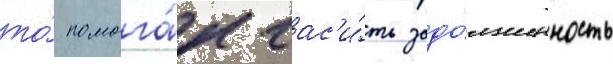
то́ помога́л гас'и́ть задо́лженность